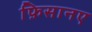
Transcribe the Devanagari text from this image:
फ़िसानए